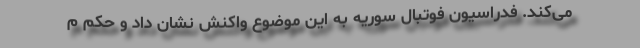
می‌کند. فدراسیون فوتبال سوریه به این موضوع واکنش نشان داد و حکم م